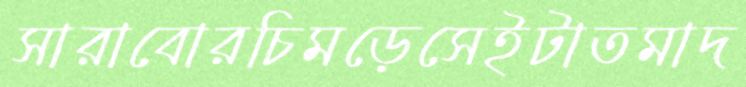
সারাবোরচিমড়েসেইটাতমাদ